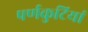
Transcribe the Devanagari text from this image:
पर्णकुटियां